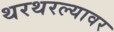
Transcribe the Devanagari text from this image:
थरथरल्यावर